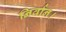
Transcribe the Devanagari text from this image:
निर्वान।